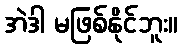
အဲဒါ မဖြစ်နိုင်ဘူး။